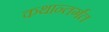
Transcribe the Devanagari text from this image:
कथान्तर्गत